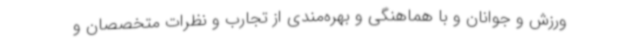
ورزش و جوانان و با هماهنگی و بهره‌مندی از تجارب و نظرات متخصصان و